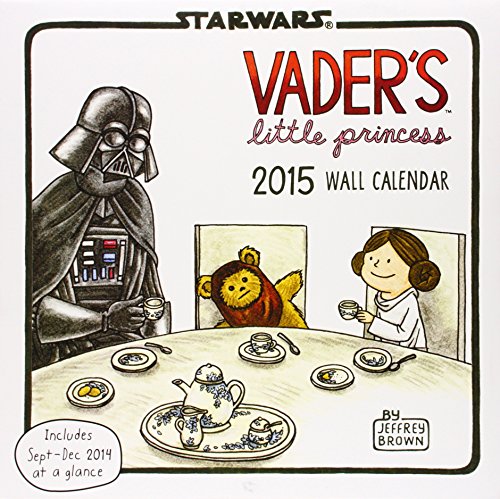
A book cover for Vader's Little Princess 2015 Wall Calendar (Star Wars); Jeffrey Brown; Calendars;